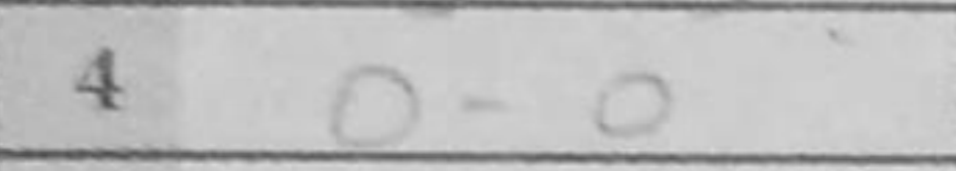
Transcription: O-O